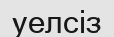
уелсіз